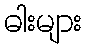
ဓါးများ